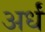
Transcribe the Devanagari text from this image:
अर्धं